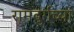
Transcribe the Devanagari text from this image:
रामदुर्गच्या